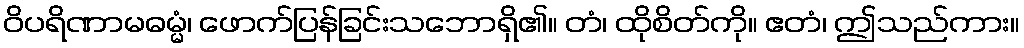
ဝိပရိဏာမဓမ္မံ၊ ဖောက်ပြန်ခြင်းသဘောရှိ၏။ တံ၊ ထိုစိတ်ကို။ ဧတံ၊ ဤသည်ကား။